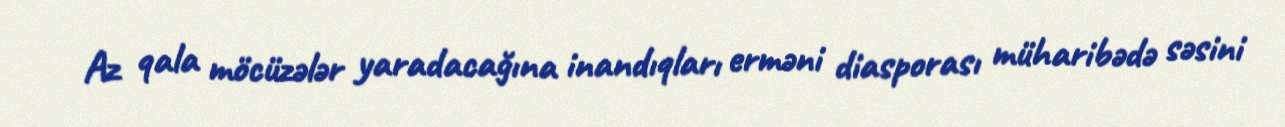
Az qala möcüzələr yaradacağına inandıqları erməni diasporası müharibədə səsini